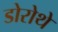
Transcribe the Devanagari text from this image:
डोरोथे